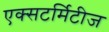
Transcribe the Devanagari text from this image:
एक्सटर्मिटीज